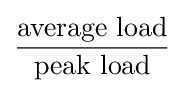
{\frac {\text{average load}}{\text{peak load}}}